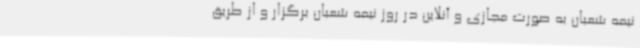
نیمه شعبان به صورت مجازی و آنلاین در روز نیمه شعبان برگزار و از طریق